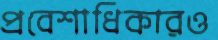
প্রবেশাধিকারও